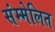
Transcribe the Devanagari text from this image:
संम्मेलित